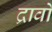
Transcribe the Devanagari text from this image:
द्रावों